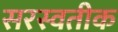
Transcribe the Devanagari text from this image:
सरस्वतीक